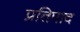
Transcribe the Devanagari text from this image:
प्रतिपाद